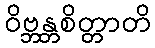
ဝိဗ္ဘန္တစိတ္တာတိ